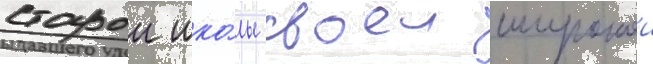
старои шко́лы своеи широкои